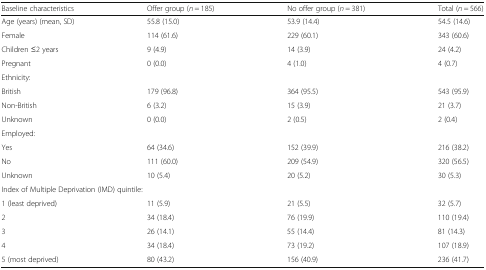
<table><thead><tr><td><b>Baseline characteristics</b></td><td><b>Offer group (<i>n</i> = 185)</b></td><td><b>No offer group (<i>n</i> = 381)</b></td><td><b>Total (<i>n</i> = 566)</b></td></tr></thead><tbody><tr><td>Age (years) (mean, SD)</td><td>55.8 (15.0)</td><td>53.9 (14.4)</td><td>54.5 (14.6)</td></tr><tr><td>Female</td><td>114 (61.6)</td><td>229 (60.1)</td><td>343 (60.6)</td></tr><tr><td>Children ≤2 years</td><td>9 (4.9)</td><td>14 (3.9)</td><td>24 (4.2)</td></tr><tr><td>Pregnant</td><td>0 (0.0)</td><td>4 (1.0)</td><td>4 (0.7)</td></tr><tr><td colspan="4">Ethnicity:</td></tr><tr><td>British</td><td>179 (96.8)</td><td>364 (95.5)</td><td>543 (95.9)</td></tr><tr><td>Non-British</td><td>6 (3.2)</td><td>15 (3.9)</td><td>21 (3.7)</td></tr><tr><td>Unknown</td><td>0 (0.0)</td><td>2 (0.5)</td><td>2 (0.4)</td></tr><tr><td colspan="4">Employed:</td></tr><tr><td>Yes</td><td>64 (34.6)</td><td>152 (39.9)</td><td>216 (38.2)</td></tr><tr><td>No</td><td>111 (60.0)</td><td>209 (54.9)</td><td>320 (56.5)</td></tr><tr><td>Unknown</td><td>10 (5.4)</td><td>20 (5.2)</td><td>30 (5.3)</td></tr><tr><td colspan="4">Index of Multiple Deprivation (IMD) quintile:</td></tr><tr><td>1 (least deprived)</td><td>11 (5.9)</td><td>21 (5.5)</td><td>32 (5.7)</td></tr><tr><td>2</td><td>34 (18.4)</td><td>76 (19.9)</td><td>110 (19.4)</td></tr><tr><td>3</td><td>26 (14.1)</td><td>55 (14.4)</td><td>81 (14.3)</td></tr><tr><td>4</td><td>34 (18.4)</td><td>73 (19.2)</td><td>107 (18.9)</td></tr><tr><td>5 (most deprived)</td><td>80 (43.2)</td><td>156 (40.9)</td><td>236 (41.7)</td></tr></tbody></table>